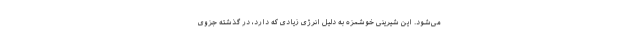
می‌شود. این شیرینی خوشمزه به دلیل انرژی زیادی که دارد، در گذشته جزوی